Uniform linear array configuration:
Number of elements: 24
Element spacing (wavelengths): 0.25
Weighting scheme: kaiser
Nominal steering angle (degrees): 15
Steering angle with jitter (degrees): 14.789
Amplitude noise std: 0.05
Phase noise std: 0.05

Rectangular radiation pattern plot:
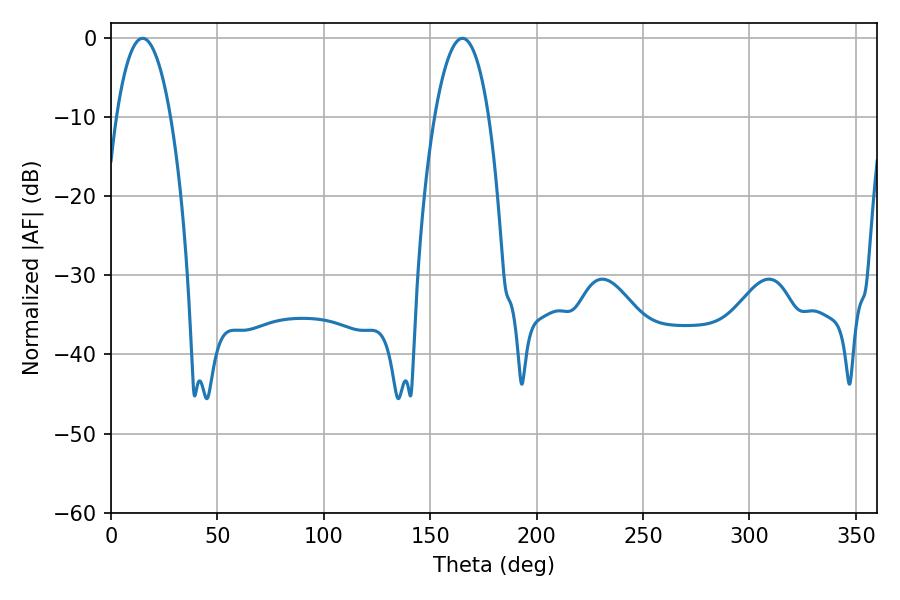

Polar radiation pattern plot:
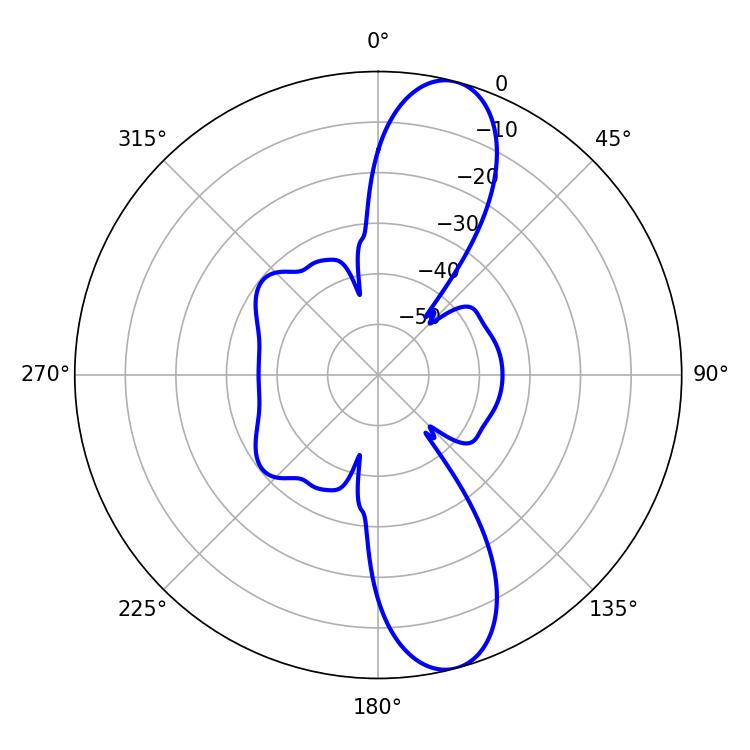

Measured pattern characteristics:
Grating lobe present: FALSE
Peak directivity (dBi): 11.681
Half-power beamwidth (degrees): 14.22
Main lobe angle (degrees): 14.94